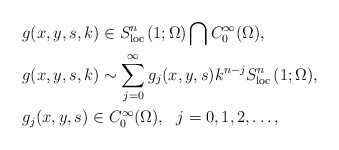
\begin{align*}&g(x,y,s,k)\in S^{n}_{{\rm loc\,}}(1;\Omega)\bigcap C^\infty_0(\Omega),\\&g(x,y,s,k)\sim\sum^\infty_{j=0}g_j(x,y,s)k^{n-j}S^{n}_{{\rm loc\,}}(1;\Omega), \\&g_j(x,y,s)\in C^\infty_0(\Omega),\ \ j=0,1,2,\ldots,\end{align*}